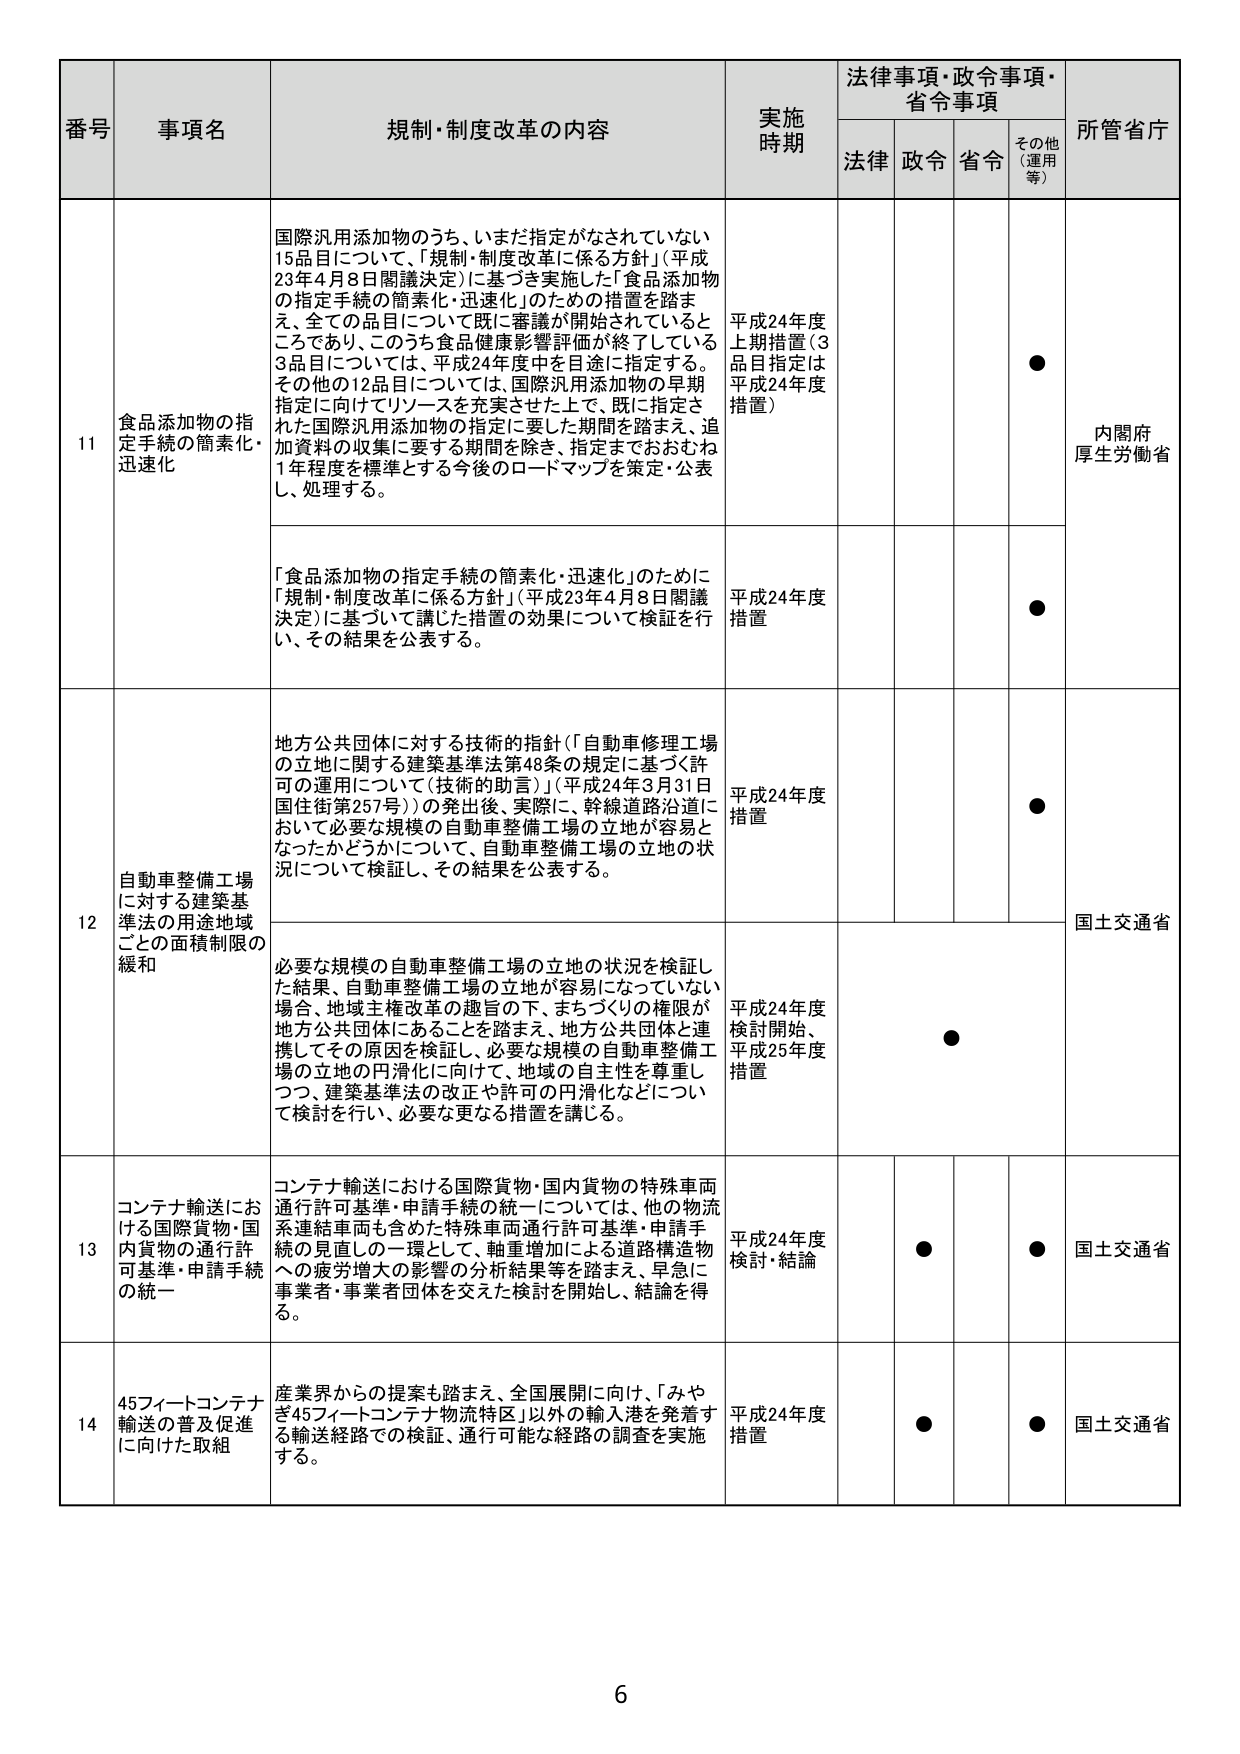
番号 事項名 規制・制度改革の内容 実施時期 法律事項・政令事項・省令事項 所管省庁
法律 政令 省令 その他（運用等）
11 食品添加物の指定手続の簡素化・迅速化 国際汎用添加物のうち、いまだ指定がなされていない15品目について、「規制・制度改革に係る方針」（平成23年4月8日閣議決定）に基づき実施した「食品添加物の指定手続の簡素化・迅速化」のための措置を踏まえ、全ての品目について既に審議が開始されているところであり、このうち食品健康影響評価が終了している3品目については、平成24年度中を目途に指定する。その他の12品目については、国際汎用添加物の早期指定に向けてリソースを充実させた上で、既に指定された国際汎用添加物の指定に要した期間を踏まえ、追加資料の収集に要する期間を除き、指定までおおむね1年程度を標準とする今後のロードマップを策定・公表し、処理する。 平成24年度上期措置（3品目指定は平成24年度措置） ● 内閣府 厚生労働省
「食品添加物の指定手続の簡素化・迅速化」のために「規制・制度改革に係る方針」（平成23年4月8日閣議決定）に基づいて講じた措置の効果について検証を行い、その結果を公表する。 平成24年度措置 ●
12 自動車整備工場に対する建築基準法の用途地域ごとの面積制限の緩和 地方公共団体に対する技術的指針（「自動車修理工場の立地に関する建築基準法第48条の規定に基づく許可の運用について（技術的助言）」（平成24年3月31日国住街第257号））の発出後、実際に、幹線道路沿道において必要な規模の自動車整備工場の立地が容易となったかどうかについて、自動車整備工場の立地の状況について検証し、その結果を公表する。 平成24年度措置 ● 国土交通省
必要な規模の自動車整備工場の立地の状況を検証した結果、自動車整備工場の立地が容易になっていない場合、地域主権改革の趣旨の下、まちづくりの権限が地方公共団体にあることを踏まえ、地方公共団体と連携してその原因を検証し、必要な規模の自動車整備工場の立地の円滑化に向けて、地域の自主性を尊重しつつ、建築基準法の改正や許可の円滑化などについて検討を行い、必要な更なる措置を講じる。 平成24年度検討開始、平成25年度措置 ●
13 コンテナ輸送における国際貨物・国内貨物の通行許可基準・申請手続の統一 コンテナ輸送における国際貨物・国内貨物の特殊車両通行許可基準・申請手続の統一については、他の物流系連結車両も含めた特殊車両通行許可基準・申請手続の見直しの一環として、軸重増加による道路構造物への疲労増大の影響の分析結果等を踏まえ、早急に事業者・事業者団体を交えた検討を開始し、結論を得る。 平成24年度検討・結論 ● ● 国土交通省
14 45フィートコンテナ輸送の普及促進に向けた取組 産業界からの提案も踏まえ、全国展開に向け、「みやぎ45フィートコンテナ物流特区」以外の輸入港を発着する輸送経路での検証、通行可能な経路の調査を実施する。 平成24年度措置 ● ● 国土交通省
6